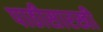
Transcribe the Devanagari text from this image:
पाठीसारखी